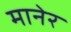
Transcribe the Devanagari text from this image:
मानेर